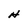
Character: H